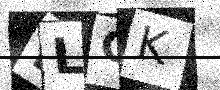
Text: KLGK